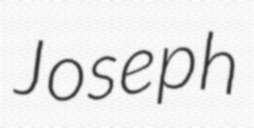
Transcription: Joseph